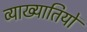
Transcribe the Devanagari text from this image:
व्याख्यातियों